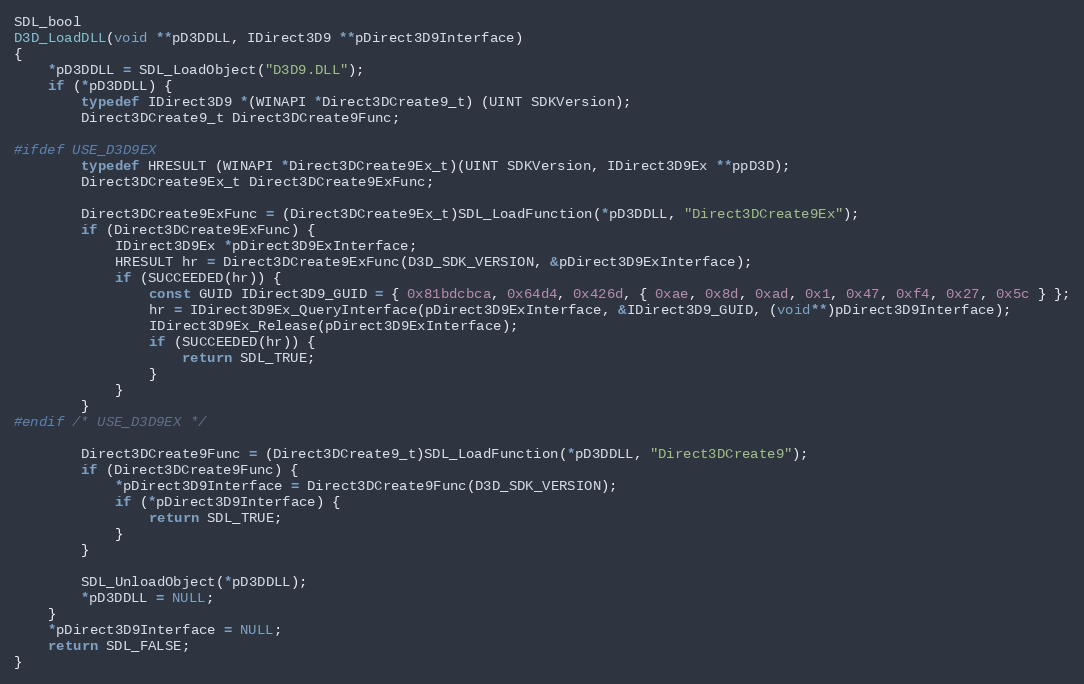
Language: C
SDL_bool
D3D_LoadDLL(void **pD3DDLL, IDirect3D9 **pDirect3D9Interface)
{
    *pD3DDLL = SDL_LoadObject("D3D9.DLL");
    if (*pD3DDLL) {
        typedef IDirect3D9 *(WINAPI *Direct3DCreate9_t) (UINT SDKVersion);
        Direct3DCreate9_t Direct3DCreate9Func;

#ifdef USE_D3D9EX
        typedef HRESULT (WINAPI *Direct3DCreate9Ex_t)(UINT SDKVersion, IDirect3D9Ex **ppD3D);
        Direct3DCreate9Ex_t Direct3DCreate9ExFunc;

        Direct3DCreate9ExFunc = (Direct3DCreate9Ex_t)SDL_LoadFunction(*pD3DDLL, "Direct3DCreate9Ex");
        if (Direct3DCreate9ExFunc) {
            IDirect3D9Ex *pDirect3D9ExInterface;
            HRESULT hr = Direct3DCreate9ExFunc(D3D_SDK_VERSION, &pDirect3D9ExInterface);
            if (SUCCEEDED(hr)) {
                const GUID IDirect3D9_GUID = { 0x81bdcbca, 0x64d4, 0x426d, { 0xae, 0x8d, 0xad, 0x1, 0x47, 0xf4, 0x27, 0x5c } };
                hr = IDirect3D9Ex_QueryInterface(pDirect3D9ExInterface, &IDirect3D9_GUID, (void**)pDirect3D9Interface);
                IDirect3D9Ex_Release(pDirect3D9ExInterface);
                if (SUCCEEDED(hr)) {
                    return SDL_TRUE;
                }
            }
        }
#endif /* USE_D3D9EX */

        Direct3DCreate9Func = (Direct3DCreate9_t)SDL_LoadFunction(*pD3DDLL, "Direct3DCreate9");
        if (Direct3DCreate9Func) {
            *pDirect3D9Interface = Direct3DCreate9Func(D3D_SDK_VERSION);
            if (*pDirect3D9Interface) {
                return SDL_TRUE;
            }
        }

        SDL_UnloadObject(*pD3DDLL);
        *pD3DDLL = NULL;
    }
    *pDirect3D9Interface = NULL;
    return SDL_FALSE;
}